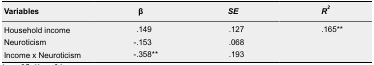
| Variables | β | SE | R2 |
 | --- | --- | --- | --- |
 | Household income | .149 | .127 | <ROWSPAN=3> .165** |
 | Neuroticism | -.153 | .068 |
 | Income x Neuroticism | -.358** | .193 |